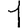
Digit: 1